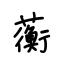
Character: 蘅